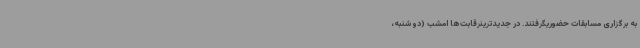
به برگزاری مسابقات حضوریگرفتند. در جدیدترینرقابت‌ها امشب (دوشنبه،